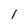
Character: 1